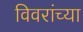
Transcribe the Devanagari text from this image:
विवरांच्या